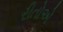
રીતોએ